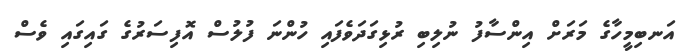
އަނބިމީހާގެ މަރަށް އިންސާފު ނުލިބި ރުޅިގަދަވެފައި ހުންނަ ފުލުސް އޮފިސަރުގެ ގައިގައި ވެސް